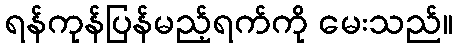
ရန်ကုန်ပြန်မည့်ရက်ကို မေးသည်။